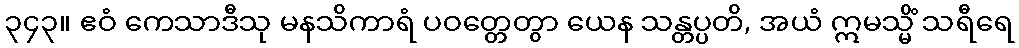
၃၄၃။ ဧဝံ ကေသာဒီသု မနသိကာရံ ပဝတ္တေတွာ ယေန သန္တပ္ပတိ, အယံ ဣမသ္မိံ သရီရေ